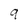
Character: 9